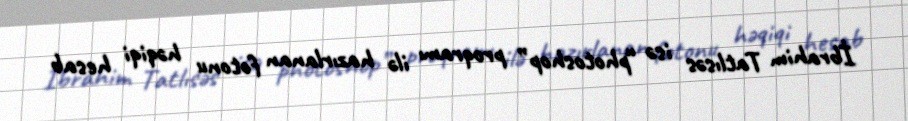
İbrahim Tatlısəs isə “photoshop” proqramı ilə hazırlanan fotonu həqiqi hesab